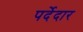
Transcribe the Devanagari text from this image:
पर्देदार